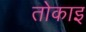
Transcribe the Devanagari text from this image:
तोकाइ